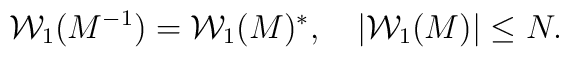
{\cal W}_{1}(M^{-1})={\cal W}_{1}(M)^*,  \quad |{\cal W}_{1}(M)|\leq N.